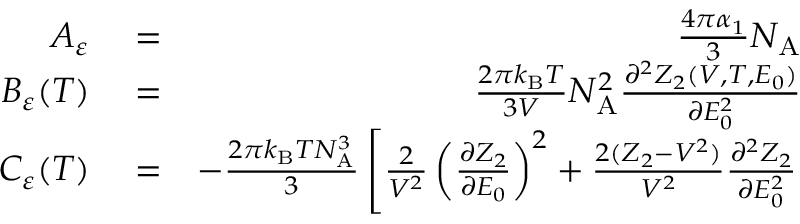
\begin{array} { r l r } { A _ { \varepsilon } } & { { } = } & { \frac { 4 \pi \alpha _ { 1 } } { 3 } N _ { \mathrm { A } } } \\ { B _ { \varepsilon } ( T ) } & { { } = } & { \frac { 2 \pi k _ { \mathrm { B } } T } { 3 V } N _ { \mathrm { A } } ^ { 2 } \frac { \partial ^ { 2 } Z _ { 2 } ( V , T , E _ { 0 } ) } { \partial E _ { 0 } ^ { 2 } } } \\ { C _ { \varepsilon } ( T ) } & { { } = } & { - \frac { 2 \pi k _ { \mathrm { B } } T N _ { \mathrm { A } } ^ { 3 } } { 3 } \left[ \frac { 2 } { V ^ { 2 } } \left( \frac { \partial Z _ { 2 } } { \partial E _ { 0 } } \right) ^ { 2 } + \frac { 2 ( Z _ { 2 } - V ^ { 2 } ) } { V ^ { 2 } } \frac { \partial ^ { 2 } Z _ { 2 } } { \partial E _ { 0 } ^ { 2 } } \right. } \end{array}